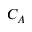
C _ { A }